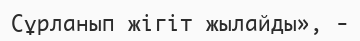
Сұрланып жігіт жылайды», -